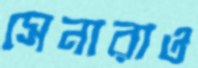
সেনারাও